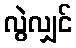
လွဲလျှင်